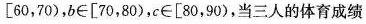
[60，70)，b\in [70，80)，c\in [80，90)，当三人的体育成绩